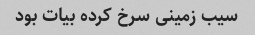
سیب زمینی سرخ کرده بیات بود